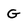
Character: G